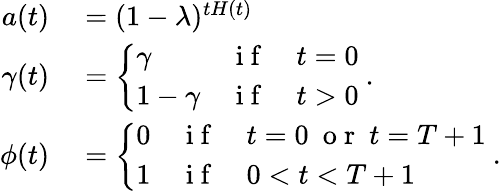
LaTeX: \begin{array}{r}{\begin{array}{rl}{a(t)}&{{}=(1-\lambda)^{tH(t)}}\\ {\gamma(t)}&{{}=\left\{ \begin{array}{ll}{\gamma}&{\mathrm{~i~f~}\quad t=0}\\ {1-\gamma}&{\mathrm{~i~f~}\quad t>0}\end{array}\right.\ .}\\ {\phi(t)}&{{}=\left\{ \begin{array}{ll}{0}&{\mathrm{~i~f~}\quad t=0\ \mathrm{~o~r~}\ t=T+1}\\ {1}&{\mathrm{~i~f~}\quad 0<t<T+1}\end{array}\right.\ .}\end{array}}\end{array}